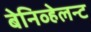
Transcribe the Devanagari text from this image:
बेनिव्हेलन्ट